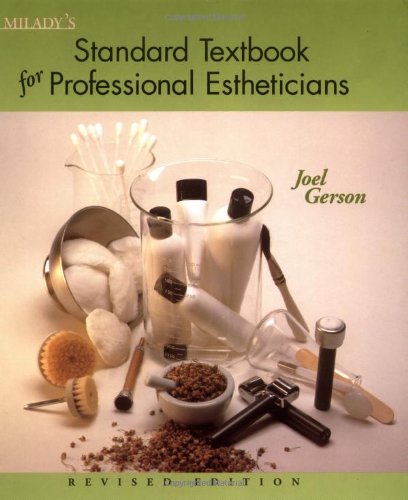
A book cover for Milady's Standard Textbook for Professional Estheticians; Joel Gerson; Health, Fitness & Dieting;